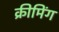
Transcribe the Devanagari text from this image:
क्रीमिंग